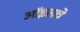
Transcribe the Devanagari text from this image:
ऑइलचे